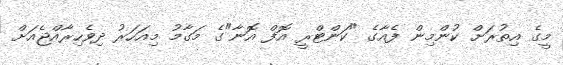
މީގެ އިތުރަށް ކުންމިން ފެއާގެ "ކަންޓްރީ އޮފް އޮނާ"ގެ މަގާމު މިއަހަރު ދިވެހިރާއްޖެއަށް